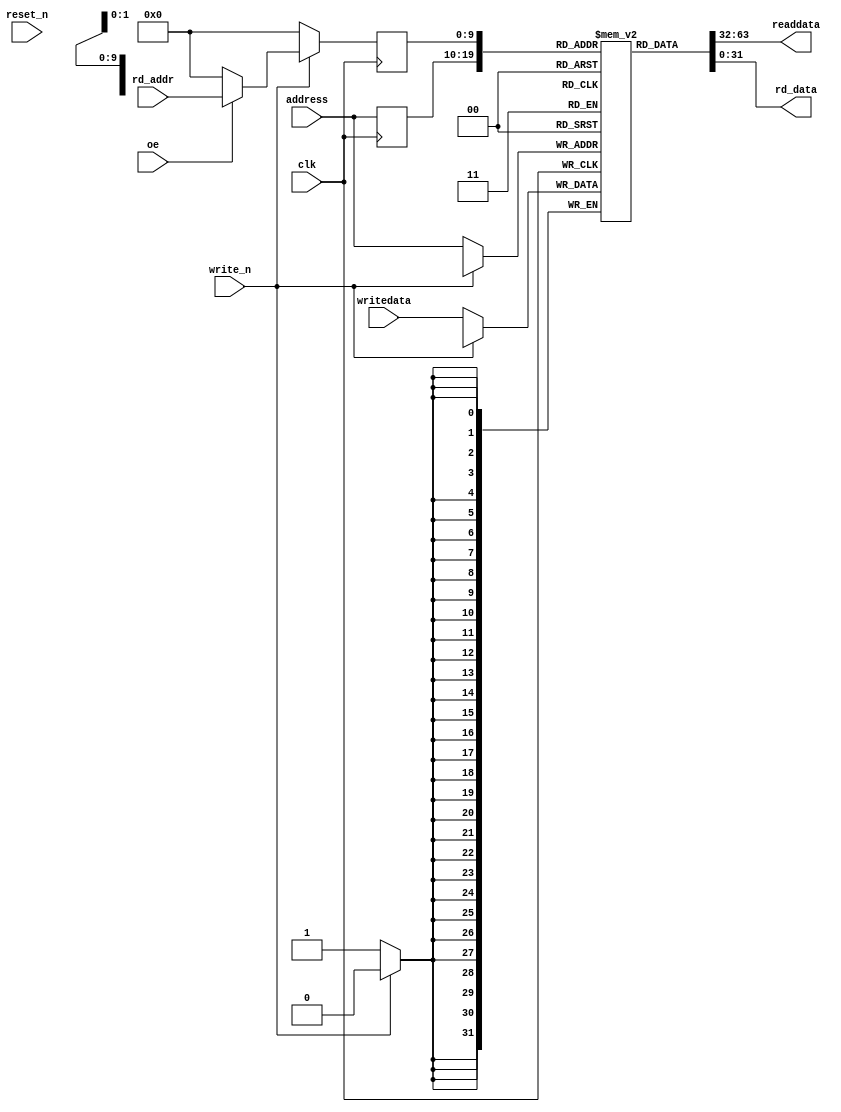
module RamSrc
#(
	parameter B = 32,
	parameter W = 10
)
(
	input wire clk,
	input wire reset_n,
	input wire write_n,
	input wire [B-1:0] writedata,
	input wire [W-1:0] address,
	output wire [B-1:0] readdata,
	
	//external user ip 
	input wire oe,
	input wire [W-1:0] rd_addr,
	output wire [B-1:0] rd_data
	
);

	// Declare the RAM variable
	reg [B-1:0] ram[2**W-1:0];
	// Variable to hold the registered read address
	reg [W-1:0] address_reg;
	
	reg [W-1:0] rd_addr_reg;
	
	always @ (posedge clk)
	begin
		address_reg <= address;
		rd_addr_reg <= {B{1'b0}};
		if(~write_n)
			ram[address] <= writedata;
		else if(oe)
			rd_addr_reg <= rd_addr;
	end
	
	assign readdata = ram[address_reg];
	assign rd_data = ram[rd_addr_reg];
	
endmodule